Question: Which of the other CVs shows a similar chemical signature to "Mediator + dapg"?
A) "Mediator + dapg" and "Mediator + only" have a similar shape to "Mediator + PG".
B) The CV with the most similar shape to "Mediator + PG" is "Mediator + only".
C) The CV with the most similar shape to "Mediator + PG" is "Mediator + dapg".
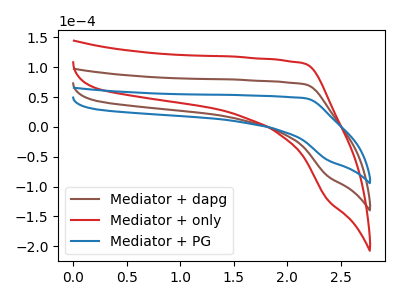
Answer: <think>The brown curve "Mediator + dapg" has no peaks. The red curve "Mediator + only" has no peaks. The blue curve "Mediator + PG" has no peaks.
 Neither "Mediator + dapg" or "Mediator + only" have any peaks. Neither "Mediator + dapg" or "Mediator + PG" have any peaks. Neither "Mediator + only" or "Mediator + PG" have any peaks.</think>
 <answer>A) "Mediator + dapg" and "Mediator + only" have a similar shape to "Mediator + PG".</answer>
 <eval>A</eval>